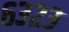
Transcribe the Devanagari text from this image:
६३२३